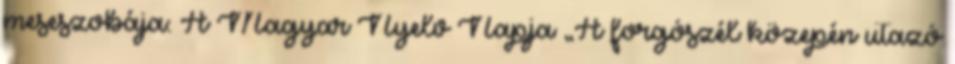
meseszobája: A Magyar Nyelv Napja „A forgószél közepén utazó